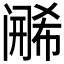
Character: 𬮶